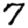
Digit: 7